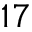
1 7